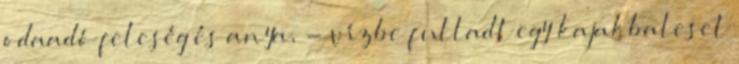
odaadó feleség és anya, - vízbe fulladt egy kajakbaleset